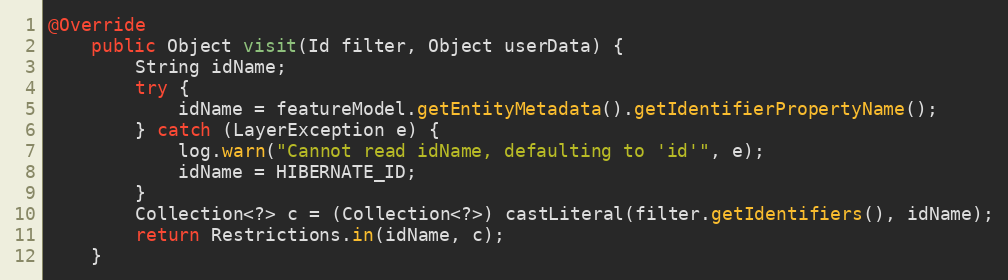
Language: Java
@Override
	public Object visit(Id filter, Object userData) {
		String idName;
		try {
			idName = featureModel.getEntityMetadata().getIdentifierPropertyName();
		} catch (LayerException e) {
			log.warn("Cannot read idName, defaulting to 'id'", e);
			idName = HIBERNATE_ID;
		}
		Collection<?> c = (Collection<?>) castLiteral(filter.getIdentifiers(), idName);
		return Restrictions.in(idName, c);
	}